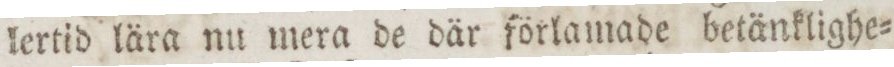
lertid lära nu mera de där förlamade betänklighe=